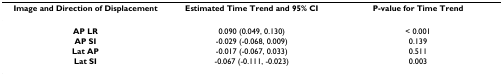
<table><thead><tr><td><b>Image and Direction of Displacement</b></td><td><b>Estimated Time Trend and 95% CI</b></td><td><b>P-value for Time Trend</b></td></tr></thead><tbody><tr><td><b>AP LR</b></td><td>0.090 (0.049, 0.130)</td><td>&lt; 0.001</td></tr><tr><td><b>AP SI</b></td><td>-0.029 (-0.068, 0.009)</td><td>0.139</td></tr><tr><td><b>Lat AP</b></td><td>-0.017 (-0.067, 0.033)</td><td>0.511</td></tr><tr><td><b>Lat SI</b></td><td>-0.067 (-0.111, -0.023)</td><td>0.003</td></tr></tbody></table>